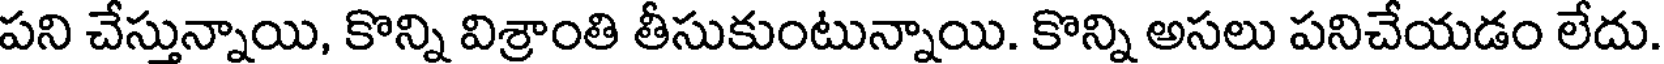
పని చేస్తున్నాయి, కొన్ని విశ్రాంతి తీసుకుంటున్నాయి. కొన్ని అసలు పనిచేయడం లేదు.